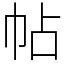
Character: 帖